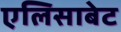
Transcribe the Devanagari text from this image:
एलिसाबेट